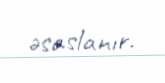
əsaslanır.